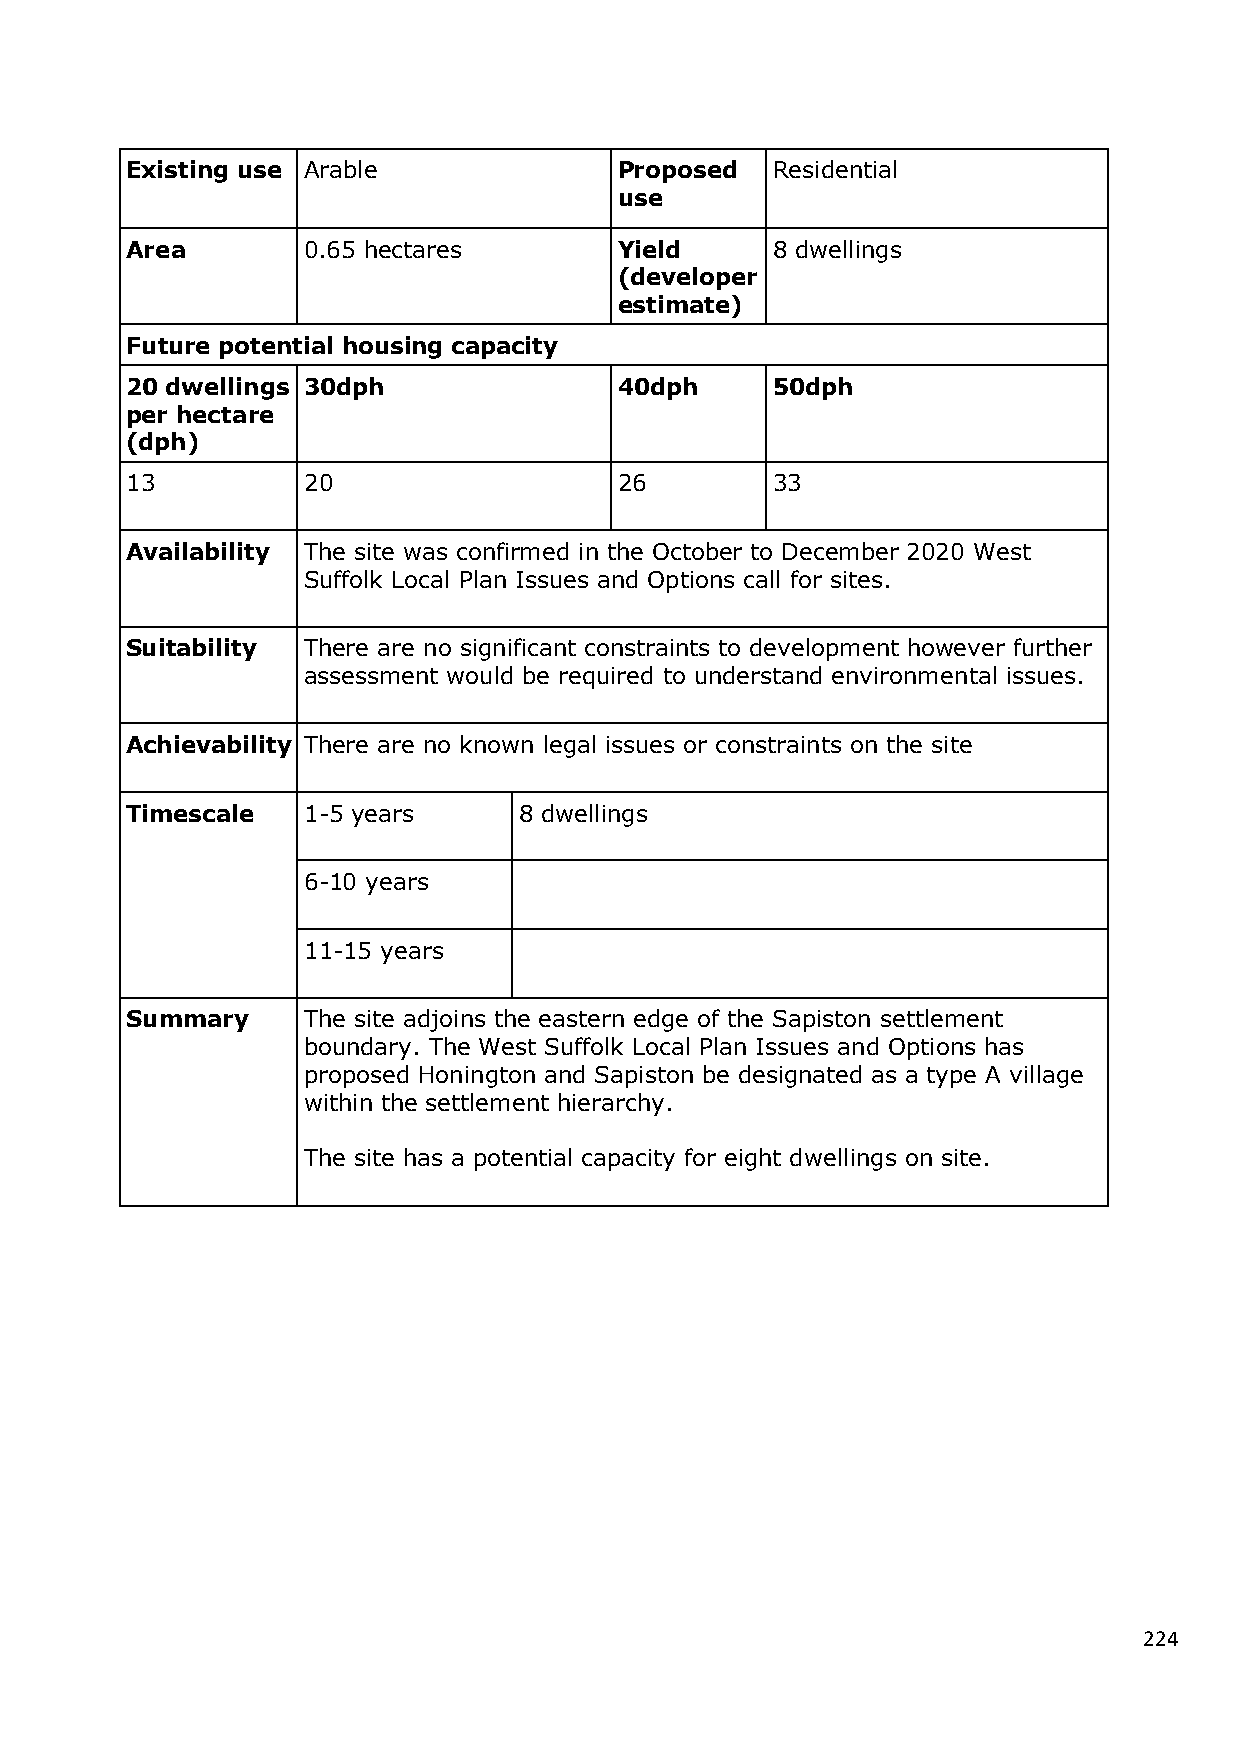
Existing use Arable              Proposed  Residential
 use
 Area        0.65 hectares        Yield     8 dwellings
 (developer
 estimate)
 Future potential housing capacity
 20 dwellings 30dph               40dph     50dph
 per hectare
 (dph)
 13          20                   26        33
 Availability The site was confirmed in the October to December 2020 West
 Suffolk Local Plan Issues and Options call for sites.
 Suitability There are no significant constraints to development however further
 assessment would be required to understand environmental issues.
 Achievability There are no known legal issues or constraints on the site
 Timescale   1-5 years     8 dwellings
 6-10 years
 11-15 years
 Summary     The site adjoins the eastern edge of the Sapiston settlement
 boundary. The West Suffolk Local Plan Issues and Options has
 proposed Honington and Sapiston be designated as a type A village
 within the settlement hierarchy.
 The site has a potential capacity for eight dwellings on site.
 224